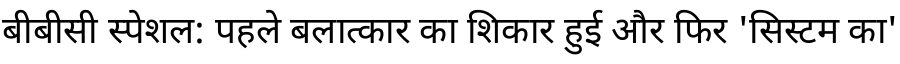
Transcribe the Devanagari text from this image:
बीबीसी स्पेशल: पहले बलात्कार का शिकार हुई और फिर 'सिस्टम का'